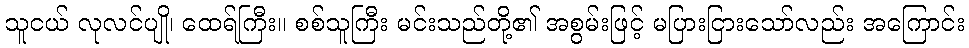
သူငယ် လုလင်ပျို၊ ထေရ်ကြီး။ စစ်သူကြီး မင်းသည်တို့၏ အစွမ်းဖြင့် မပြားငြားသော်လည်း အကြောင်း